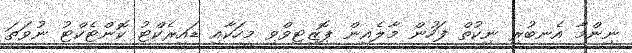
ނިންމާ އެނބުރި ނިކުތް ފަހުން މާލެއިން ޕޮޒިޓިވްވި މީހަކާއި ޑައިރެކްޓު ކޮންޓެކްޓު ނުވަތަ